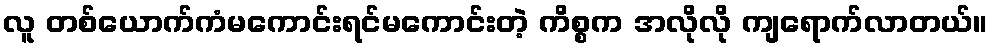
လူ တစ်ယောက်ကံမကောင်းရင်မကောင်းတဲ့ ကိစ္စက အလိုလို ကျရောက်လာတယ်။